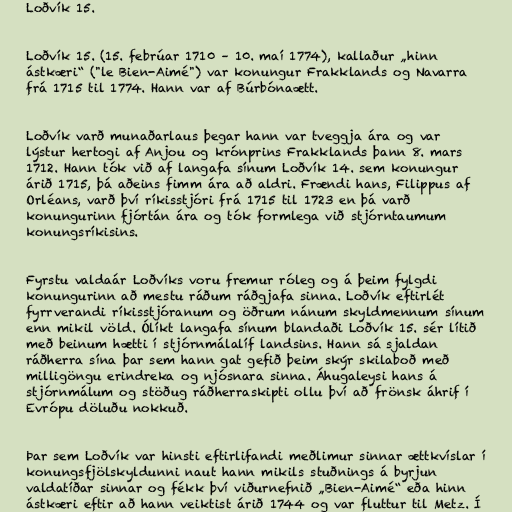
Loðvík 15.

Loðvík 15. (15. febrúar 1710 – 10. maí 1774), kallaður „hinn
ástkæri“ ("le Bien-Aimé") var konungur Frakklands og Navarra
frá 1715 til 1774. Hann var af Búrbónaætt.

Loðvík varð munaðarlaus þegar hann var tveggja ára og var
lýstur hertogi af Anjou og krónprins Frakklands þann 8. mars
1712. Hann tók við af langafa sínum Loðvík 14. sem konungur
árið 1715, þá aðeins fimm ára að aldri. Frændi hans, Filippus af
Orléans, varð því ríkisstjóri frá 1715 til 1723 en þá varð
konungurinn fjórtán ára og tók formlega við stjórntaumum
konungsríkisins.

Fyrstu valdaár Loðvíks voru fremur róleg og á þeim fylgdi
konungurinn að mestu ráðum ráðgjafa sinna. Loðvík eftirlét
fyrrverandi ríkisstjóranum og öðrum nánum skyldmennum sínum
enn mikil völd. Ólíkt langafa sínum blandaði Loðvík 15. sér lítið
með beinum hætti í stjórnmálalíf landsins. Hann sá sjaldan
ráðherra sína þar sem hann gat gefið þeim skýr skilaboð með
milligöngu erindreka og njósnara sinna. Áhugaleysi hans á
stjórnmálum og stöðug ráðherraskipti ollu því að frönsk áhrif í
Evrópu döluðu nokkuð.

Þar sem Loðvík var hinsti eftirlifandi meðlimur sinnar ættkvíslar í
konungsfjölskyldunni naut hann mikils stuðnings á byrjun
valdatíðar sinnar og fékk því viðurnefnið „Bien-Aimé“ eða hinn
ástkæri eftir að hann veiktist árið 1744 og var fluttur til Metz. Í